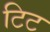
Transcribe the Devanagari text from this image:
टिट